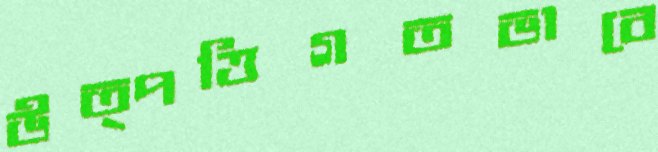
উত্পত্তিগতভাবে